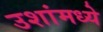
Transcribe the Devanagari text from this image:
उशांमध्ये